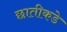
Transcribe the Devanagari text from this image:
छातीकडे